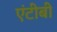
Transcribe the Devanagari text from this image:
एंटीबी